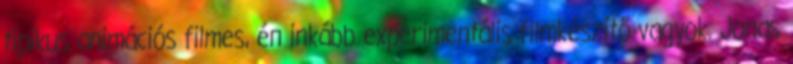
tipikus animációs filmes, én inkább experimentális filmkészítő vagyok. Jonas